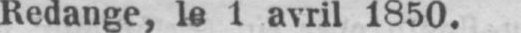
Redange, le 1 avril 1850.